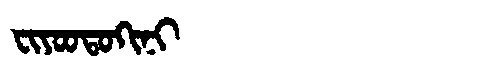
Manchu: ᠸᡳᠶᠣᠣᡨᠣᡴᡳᠨᡳ
Romanization: FIYOOTOKINI